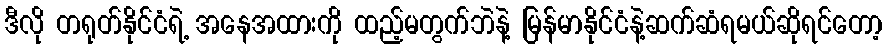
ဒီလို တရုတ်နိုင်ငံရဲ့ အနေအထားကို ထည့်မတွက်ဘဲနဲ့ မြန်မာနိုင်ငံနဲ့ဆက်ဆံရမယ်ဆိုရင်တော့